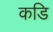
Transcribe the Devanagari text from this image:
कडि